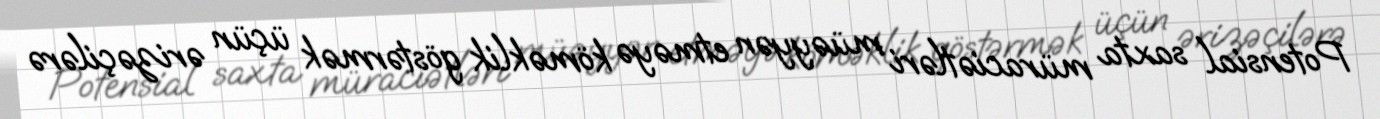
Potensial saxta müraciətləri müəyyən etməyə köməklik göstərmək üçün ərizəçilərə